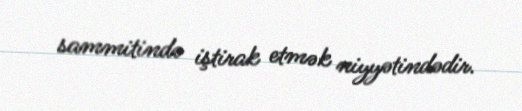
sammitində iştirak etmək niyyətindədir.